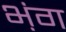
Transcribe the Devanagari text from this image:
भ़ंग